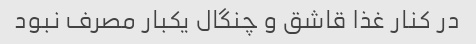
در کنار غذا قاشق و چنگال یکبار مصرف نبود